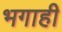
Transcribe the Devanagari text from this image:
भगाही